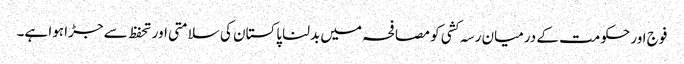
فوج اور حکومت کے درمیان رسہ کشی کو مصافحہ میں بدلنا پاکستان کی سلامتی اور تحفظ سے جڑا ہوا ہے۔